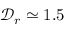
\mathcal { D } _ { r } \simeq 1 . 5